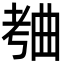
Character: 𬁥